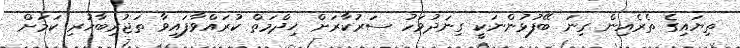
ތިޔައިގެ ތެރެއިން ގިނަ ބޭފުޅުންނަކީ ގިނަދުވަހު ސަރުކާރަށް ޚިދްމަތް ކުރައްވާފައިވާ ތަޖުރިބާހުރި ކަމަށް